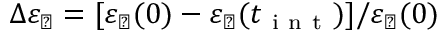
\Delta \varepsilon _ { \perp } = [ \varepsilon _ { \perp } ( 0 ) - \varepsilon _ { \perp } ( t _ { \mathrm { ~ i ~ n ~ t ~ } } ) ] / \varepsilon _ { \perp } ( 0 )